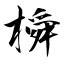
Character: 橓